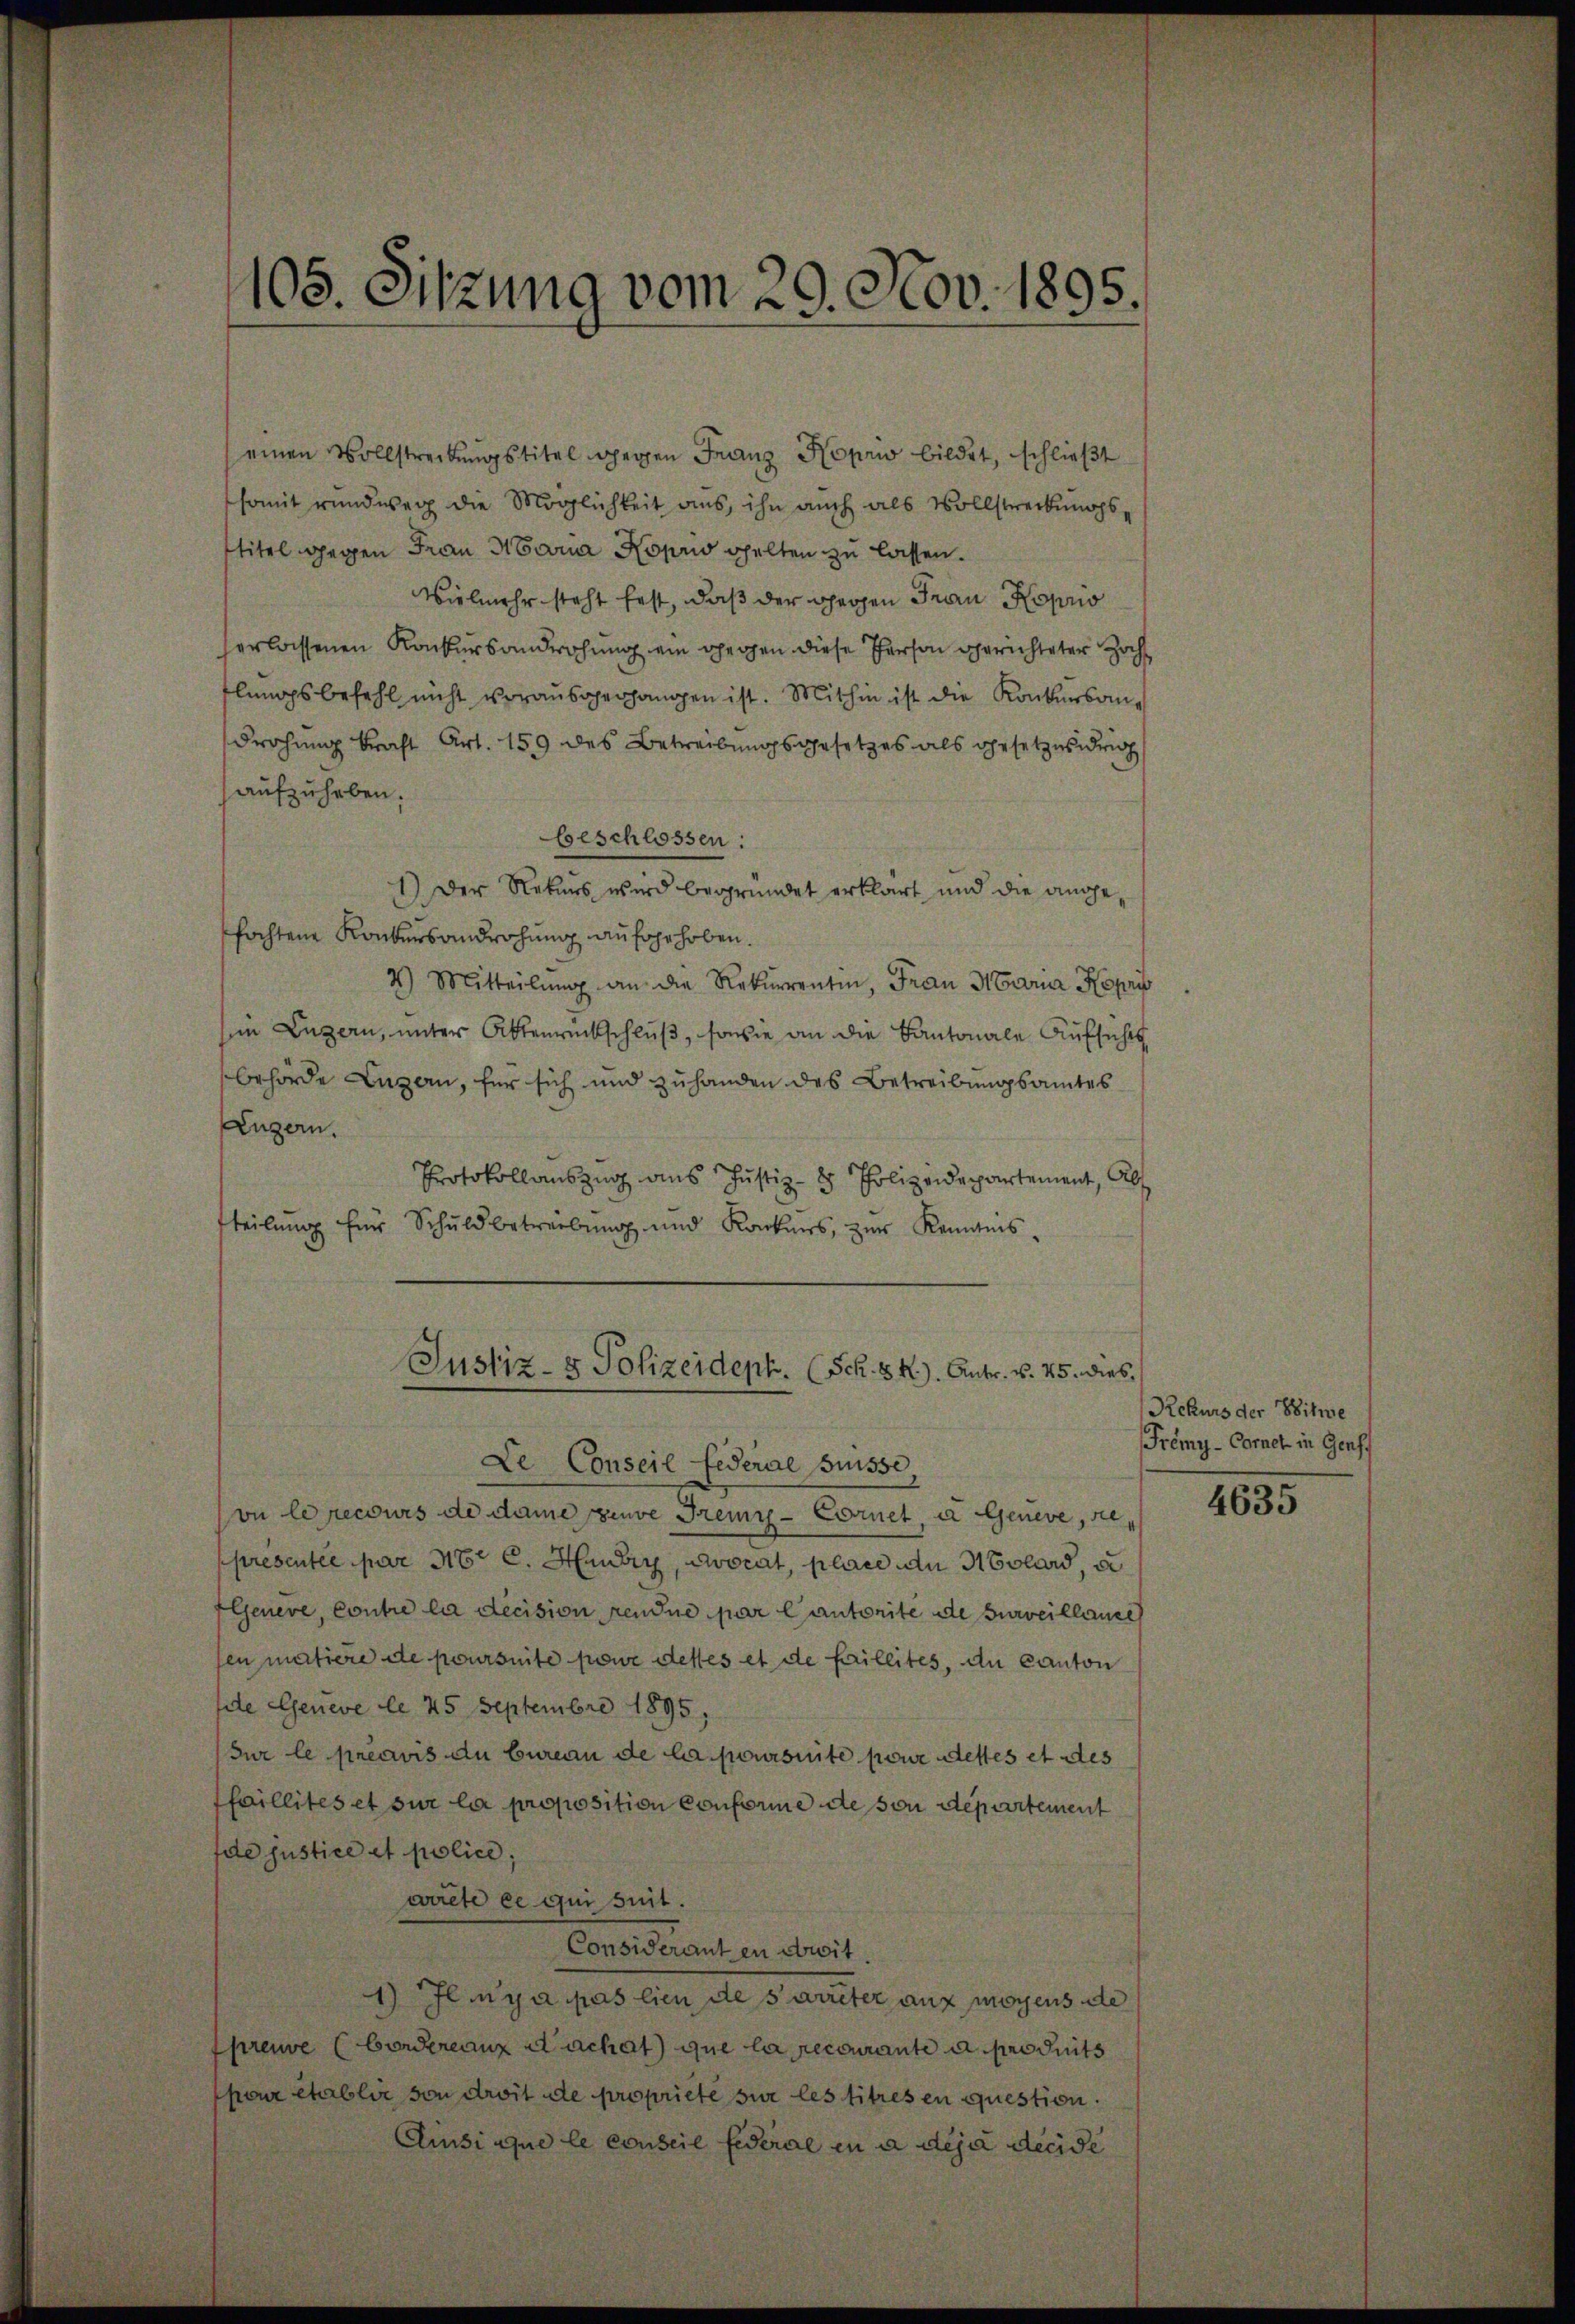
105. Sitzung vom 29. Nov. 1895.

einen Vollstreckungstitel gegen Franz Hoprio bildet, schlieβt
somit rundweg die Möglichkeit aus, ihn auch als Vollstreckungstitel gegen Frau Maria Koprio gelten zu lassen.
Vielmehr steht fest, daß der Ghergen Frau Hoprio
erlassenen Konkursandrohung ein gegen diese Person gerichteter Hochflungsbefehl nicht vorausgegangen ist. Mithin ist die Konkursang
Drohung kraft Art. 159 des Betreibungsgesetzes als gesetzes drig
aufzuheben.
beschlossen:
1.) Der Rekurs wird begründet erklärt und die angefochtene Konkursandrohung aufgehoben.
4) Mitteilŭng an die Rekurrentin, Frau Maria Kopeis
in Luzern, unter Aktenrückschluß, sowie an die Kantonale Aufsichts
behörde Luzern, für sich und zuhanden des Betreibungsamtes
Lugern.
Protokollauszug aus Justiz- & Polizeidepartement, Ab
teilŭng für Schuldbetreibŭng und Konkurs, zŭr Kenntnis-

Justiz- & Polizeideph. (Sch. 8 f.). Antr. v. 25. dies
Le Conseil Federal Suisse,

on le recours de dame peuve Fremy-Cornet, a Geneve, re
ppresentée par 318. C. Huber, avocat, place die Molard, a
Genere, contre la decision rendue par Cantorite de surveillaude
fen matiere de poursuite pour desses et de faillites, du Canton
de Geneve le 25 Septembre 1895;
Fur le préavis du bureau de la poursuite pour destes et des
faillites et sur la proposition conforme de son departement
de justice et police;
aicte ce quisit.
Consideranten droit
1) Ilmya pas lien de s’arreter auf mögens de
preuve (borderenz dachat que la recourante a produits
pour établir von droit de propriete sur les titres en question.
Amsiaque le conseil federial in a déjà decide

Rekurs der Witwe
Tremy-Cornet in Genf.

4635